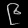
Digit: ၉